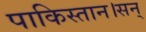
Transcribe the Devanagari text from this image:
पाकिस्तान।सन्